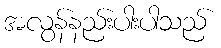
အလွန်နည်းပါးပါသည်